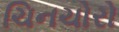
ચિનચોરો